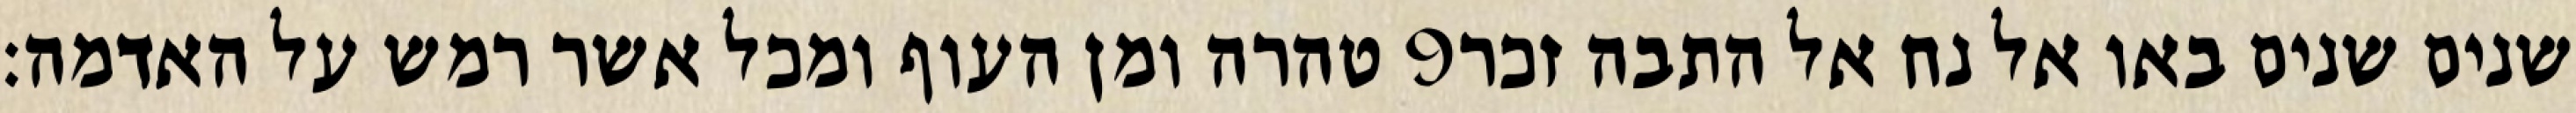
טהרה ומן העוף ומכל אשר רמש על האדמה׃ ‎9‏ שנים שנים באו אל נח אל התבה זכר